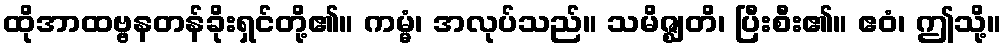
ထိုအာထဗ္ဗနတန်ခိုးရှင်တို့၏။ ကမ္မံ၊ အလုပ်သည်။ သမိဇ္ဈတိ၊ ပြီးစီး၏။ ဧဝံ၊ ဤသို့။